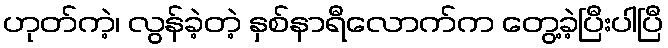
ဟုတ်ကဲ့၊ လွန်ခဲ့တဲ့ နှစ်နာရီလောက်က တွေ့ခဲ့ပြီးပါပြီ